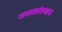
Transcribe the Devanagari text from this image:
जननसंस्थान